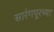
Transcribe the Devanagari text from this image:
सारंगपूरच्या